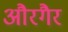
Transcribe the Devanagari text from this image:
औरगैर